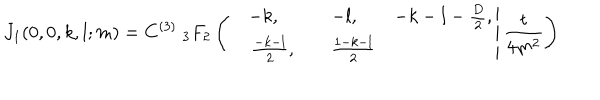
LaTeX: J _ { 1 } ( 0 , 0 , k , l ; m ) = C ^ { ( 3 ) } \; _ { 3 } F _ { 2 } \left( \left. \begin{matrix} { { - k , } } & { { - l , } } & { { - k - l - \frac { D } { 2 } , } } \\ { { \quad \frac { - k - l } { 2 } , } } & { { \quad \frac { 1 - k - l } { 2 } } } \\ \end{matrix} \right| \frac { t } { 4 m ^ { 2 } } \right)